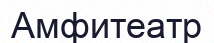
Амфитеатр